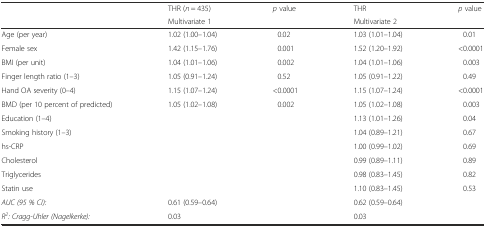
<table><thead><tr><td></td><td><b>THR (<i>n</i> = 435)</b></td><td><b><i>p</i> value</b></td><td><b>THR</b></td><td><b><i>p</i> value</b></td></tr><tr><td></td><td><b>Multivariate 1</b></td><td></td><td><b>Multivariate 2</b></td><td></td></tr></thead><tbody><tr><td>Age (per year)</td><td>1.02 (1.00–1.04)</td><td>0.02</td><td>1.03 (1.01–1.04)</td><td>0.01</td></tr><tr><td>Female sex</td><td>1.42 (1.15–1.76)</td><td>0.001</td><td>1.52 (1.20–1.92)</td><td>&lt;0.0001</td></tr><tr><td>BMI (per unit)</td><td>1.04 (1.01–1.06)</td><td>0.002</td><td>1.04 (1.01–1.06)</td><td>0.003</td></tr><tr><td>Finger length ratio (1–3)</td><td>1.05 (0.91–1.24)</td><td>0.52</td><td>1.05 (0.91–1.22)</td><td>0.49</td></tr><tr><td>Hand OA severity (0–4)</td><td>1.15 (1.07–1.24)</td><td>&lt;0.0001</td><td>1.15 (1.07–1.24)</td><td>&lt;0.0001</td></tr><tr><td>BMD (per 10 percent of predicted)</td><td>1.05 (1.02–1.08)</td><td>0.002</td><td>1.05 (1.02–1.08)</td><td>0.003</td></tr><tr><td>Education (1–4)</td><td></td><td></td><td>1.13 (1.01–1.26)</td><td>0.04</td></tr><tr><td>Smoking history (1–3)</td><td></td><td></td><td>1.04 (0.89–1.21)</td><td>0.67</td></tr><tr><td>hs-CRP</td><td></td><td></td><td>1.00 (0.99–1.02)</td><td>0.69</td></tr><tr><td>Cholesterol</td><td></td><td></td><td>0.99 (0.89–1.11)</td><td>0.89</td></tr><tr><td>Triglycerides</td><td></td><td></td><td>0.98 (0.83–1.45)</td><td>0.82</td></tr><tr><td>Statin use</td><td></td><td></td><td>1.10 (0.83–1.45)</td><td>0.53</td></tr><tr><td><i>AUC (95 % CI):</i></td><td>0.61 (0.59–0.64)</td><td></td><td>0.62 (0.59–0.64)</td><td></td></tr><tr><td><i>R</i><sup><i>2</i></sup><i>: Cragg-Uhler (Nagelkerke):</i></td><td>0.03</td><td></td><td>0.03</td><td></td></tr></tbody></table>